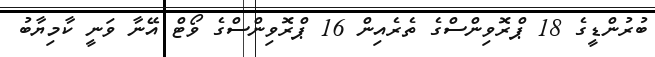
ބުރުންޑީގެ 18 ޕްރޮވިންސްގެ ތެރެއިން 16 ޕްރޮވިންސްގެ ވޯޓް އޭނާ ވަނީ ކާމިޔާބު